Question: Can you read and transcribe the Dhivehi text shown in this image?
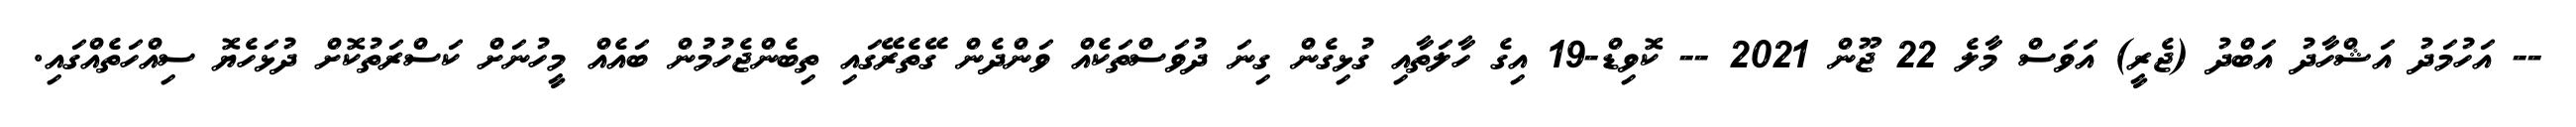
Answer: -- އަހުމަދު އަޝްހާދު އަބްދު (ޖެރީ) އަވަސް މާލެ 22 ޖޫން 2021 -- ކޮވިޑް-19 އިގެ ހާލަތާއި ގުޅިގެން ގިނަ ދުވަސްތަކެއް ވަންދެން ގޭތެރޭގައި ތިބެންޖެހުމުން ބައެއް މީހުނަށް ކަސްރަތުކޮށް ދުޅަހެޔޮ ސިއްހަތެއްގައި.